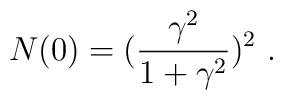
N(0) = (\frac{\gamma^2}{1+\gamma^2})^2 \ .